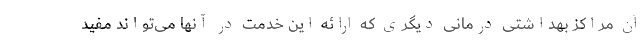
آن مراکز بهداشتی درمانی دیگری که ارائه این خدمت در آنها می‌تواند مفید